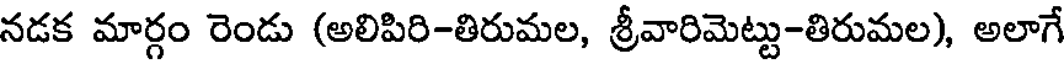
నడక మార్గం రెండు (అలిపిరి-తిరుమల, శ్రీవారిమెట్టు-తిరుమల), అలాగే